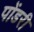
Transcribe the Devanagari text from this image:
पोंडरी